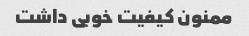
ممنون کیفیت خوبی داشت